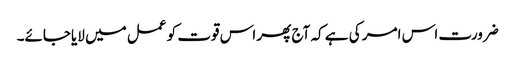
ضرورت اس امر کی ہے کہ آج پھر اس قوت کو عمل میں لایاجائے۔